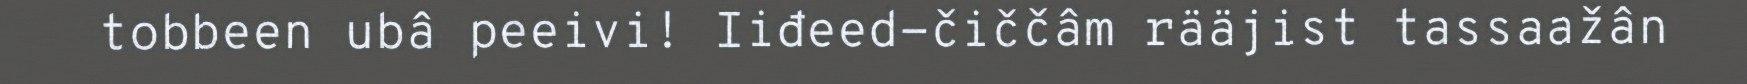
tobbeen ubâ peeivi! Iiđeed-čiččâm rääjist tassaažân